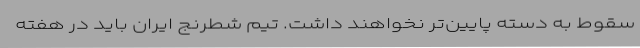
سقوط به دسته پایین‌تر نخواهند داشت. تیم شطرنج ایران باید در هفته